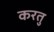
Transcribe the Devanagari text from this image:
करतु